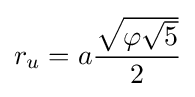
r_{u}=a{\frac {\sqrt {\varphi {\sqrt {5}}}}{2}}